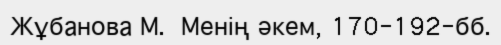
Жұбанова М.  Менің әкем, 170-192-бб.